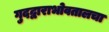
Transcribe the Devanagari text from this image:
गुदद्वाराभोवतालचा